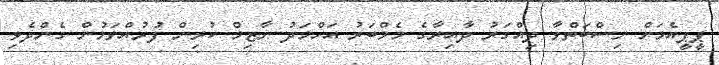
ޕީޕީއެމަށް ނިސްބަތްވާ ދިއްގަރު ދާއިރާގެ މެމްބަރު އަހްމަދު ނާޒިމް ކުރިން ފުރުއްވަމުން ގެންދެވި